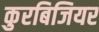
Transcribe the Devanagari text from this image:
कुरबिजियर